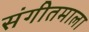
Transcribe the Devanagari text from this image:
संगीतमाला